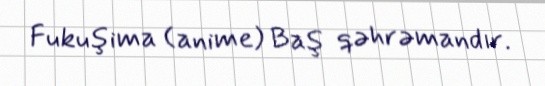
Fukuşima (anime) Baş qəhrəmandır.